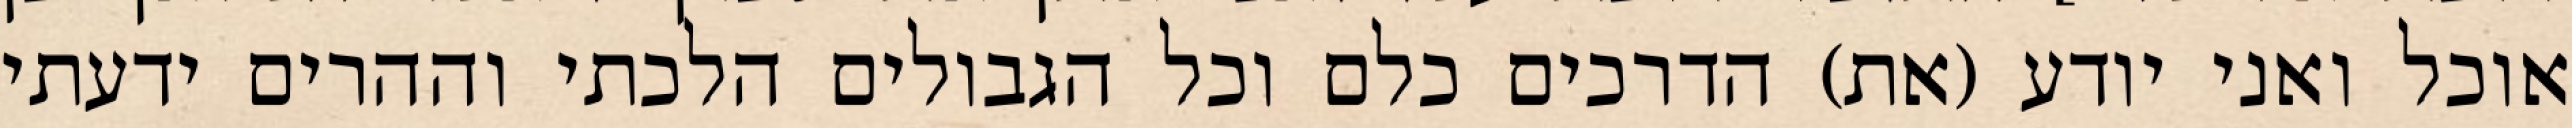
אוכל ואני יודע (את) הדרכים כלם וכל הגבולים הלכתי וההרים ידעתי